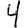
Digit: 4